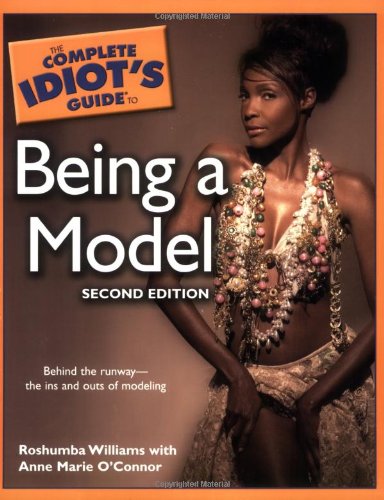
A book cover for The Complete Idiot's Guide to Being a Model, 2nd Edition; Roshumba Williams; Arts & Photography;